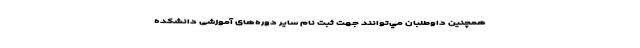
همچنین داوطلبان مي‌توانند جهت ثبت نام سایر دوره‌های آموزشی دانشکده